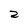
Character: 2